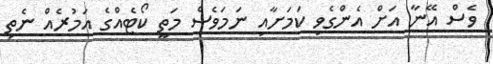
ވެސް އޭނާ އަށް އެންގެވި ކަމަށާއި ނަމަވެސް މަތީ ކޯޓެއްގެ އަމުރެއް ނެތި